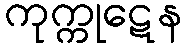
ကုက္ကုဋေန